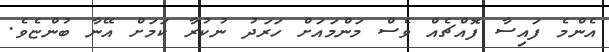
އެންމެ ފައިސާ ފޮއްޗެއް ވެސް މަންމައަށް ހަރަދު ނުކުރާ ކަމަށް އޭނާ ބުންޏެވެ.